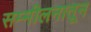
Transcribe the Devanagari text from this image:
सम्मीलनातून